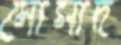
মোসাদ